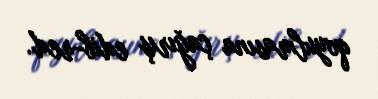
qoyulmasına çağırış edib-red.